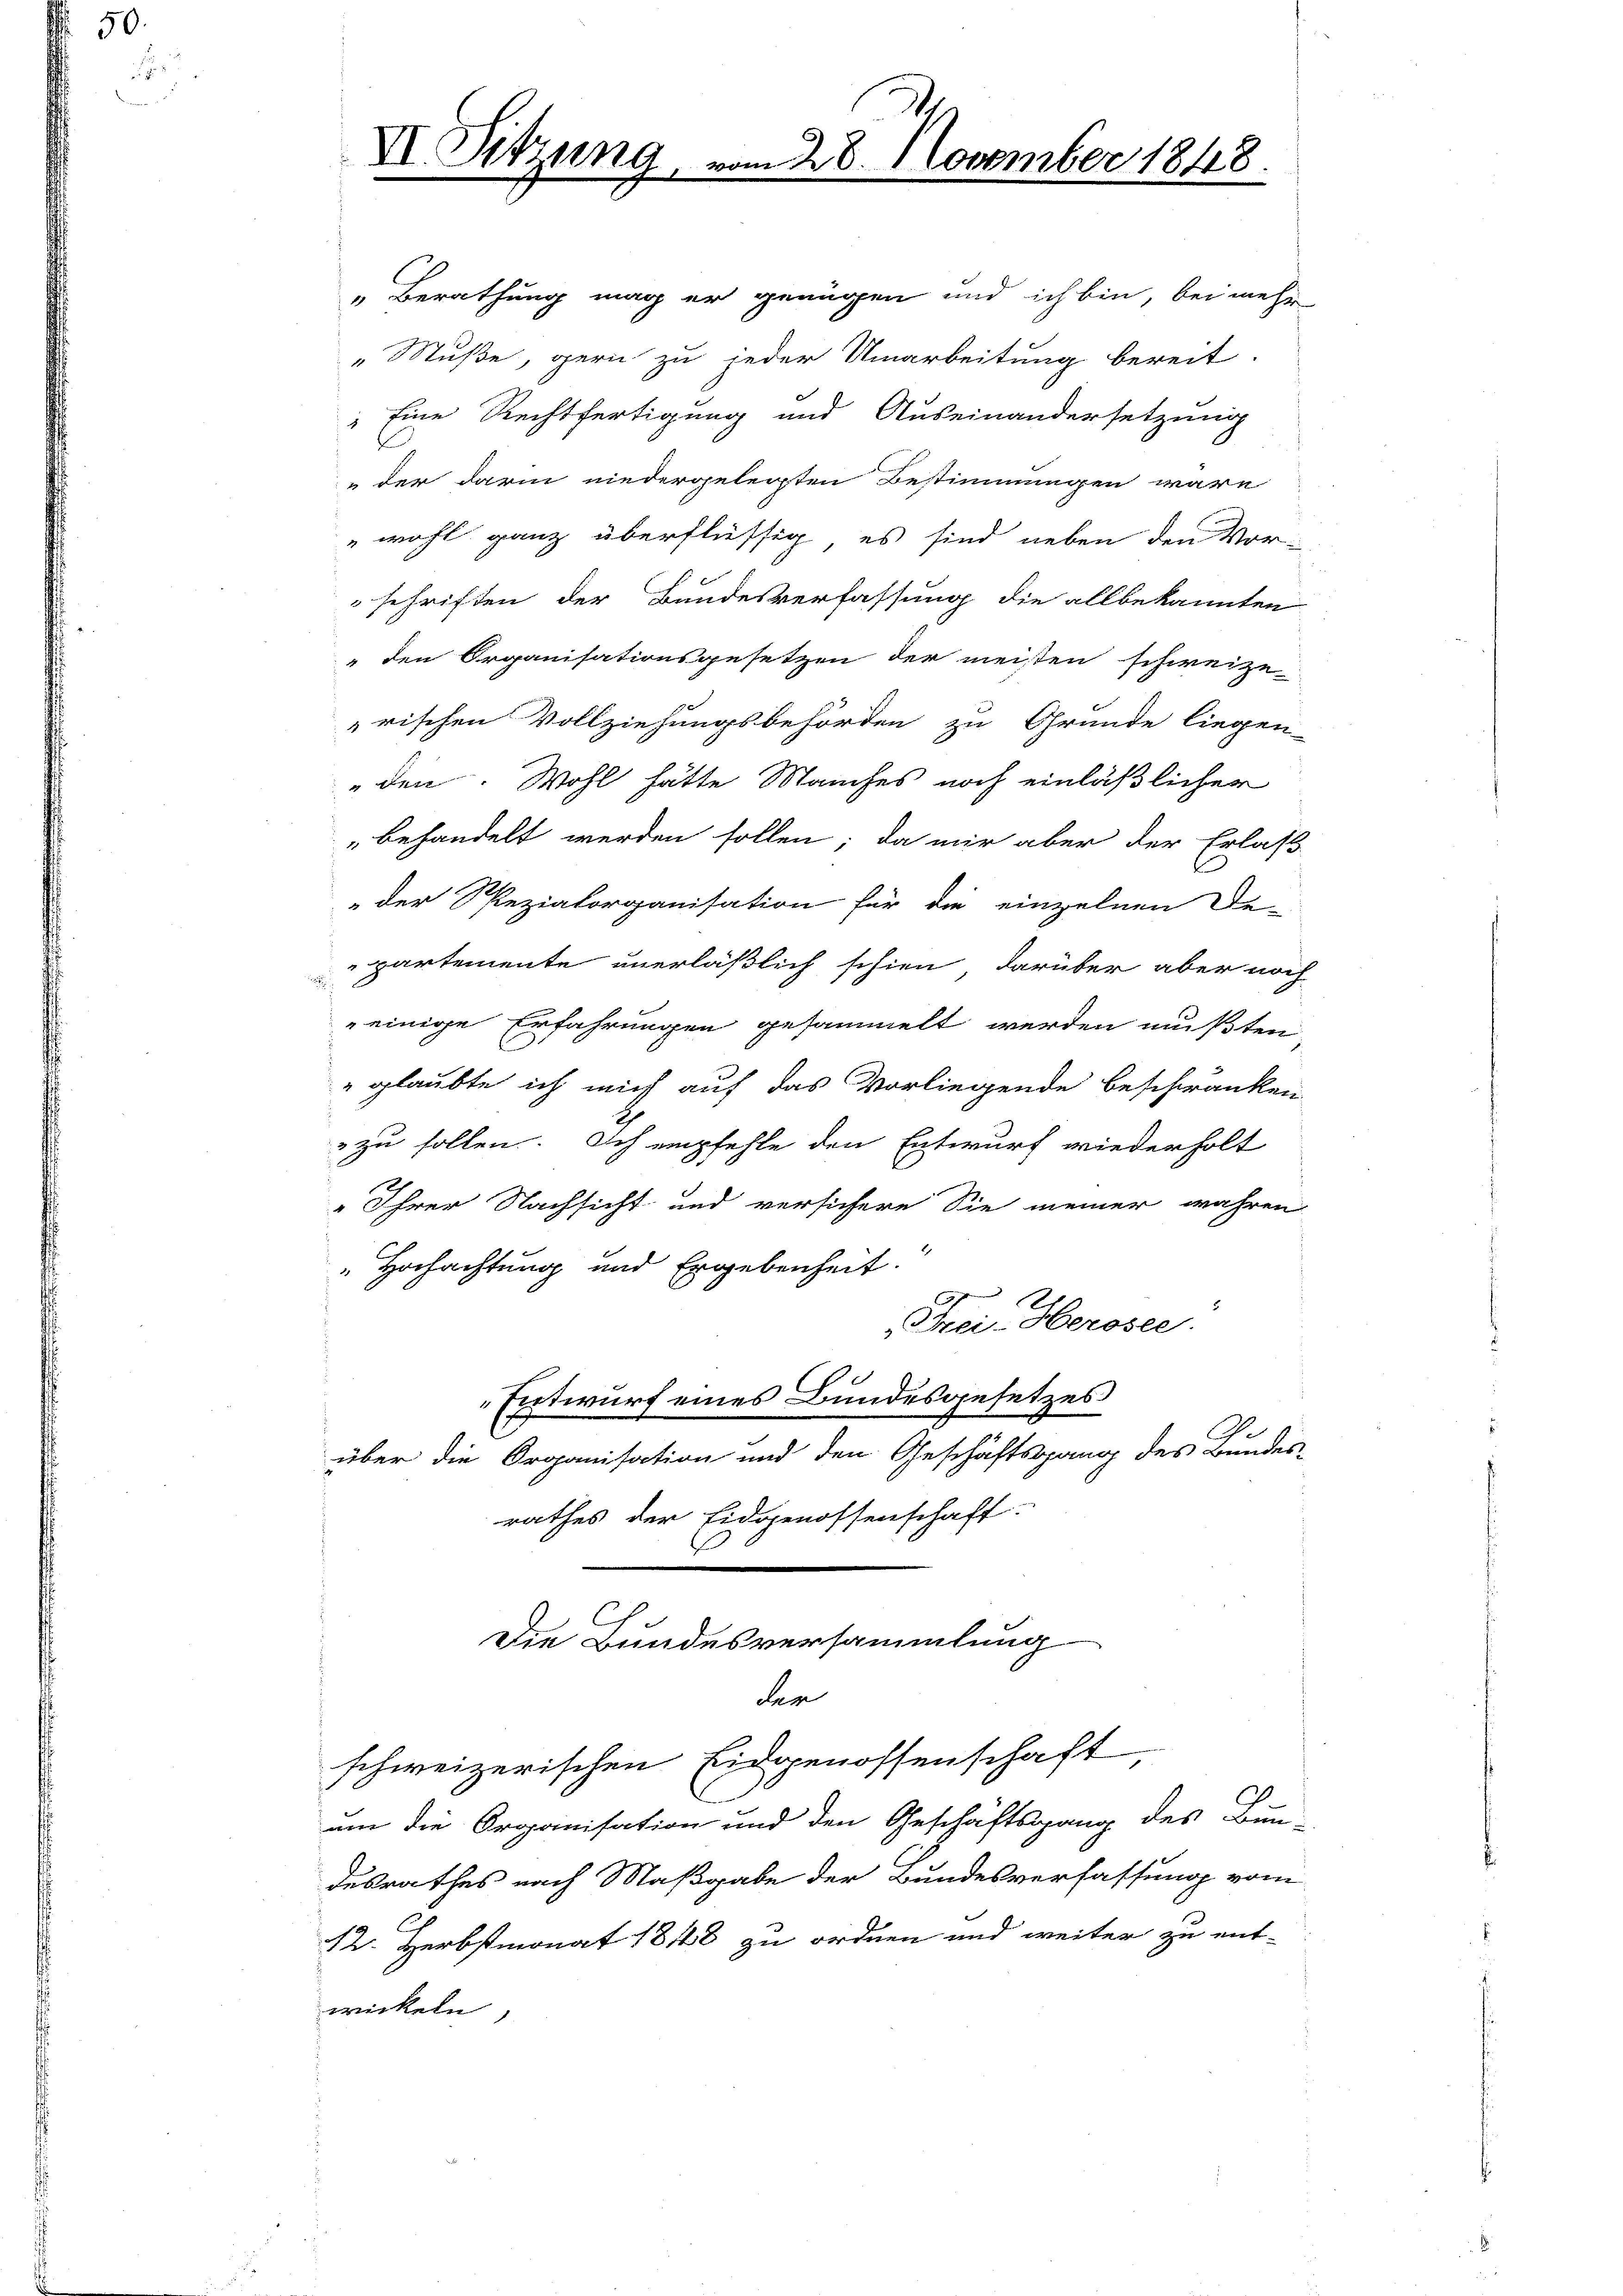
VI. Sitzung

der darin niedergelegten Bestimmungen wäre
wohl ganz überflüssig, es sind neben den Vor-
schriften der Bundesverfassung die allbekannten
" den Organisationsgesetzen der meisten schweize-
rischen Vollziehungsbehörden zu Grunde liegen-
den. Wohl hätte Manches noch einläßlicher
behandelt werden sollen; da mir aber der Erlaß
„der Spezialorganisation für die einzelnen De-
partemente unerläßlich schien darüber aber noch

einige Erfahrungen gesammelt werden mußten
" glaubte ich mich auf das Vorliegende beschwanken
 zu sollen. Ich empfehle den Entwurf wiederholt
" Ihrer Nachsicht und versichere Sie meiner wahren
" Hochachtung und Ergebenheit.
Frei- Herosee.
Entwurf eines Bundesgesetzes
Ge
über die Organisation und den Geschäftsgang des Bundes-
rathes der Eidgenossenschaft.
Die Bundesversammlung
der
schweizerischen Eidgenossenschaft
um die Organisation und den Geschäftsgang des Bun-
desrathes nach Maßgabe der Bundesverfassung vom
12. Herbstmonat 18148 zu ordnen und weiter zu ent-
wickeln

„Berathung mag er genügen und ich bin, bei mehr
„Muße, gern zu jeder Umarbeitung bereit-
" Eine Rechtfertigung und Auseinandersetzung

8. November 1848.